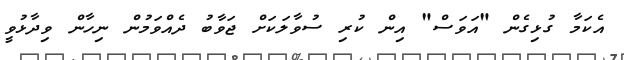
އެކަމާ ގުޅިގެން "އަވަސް" އިން ކުރި ސުވާލަކަށް ޖަވާބު ދެއްވަމުން ނިހާން ވިދާޅުވީ